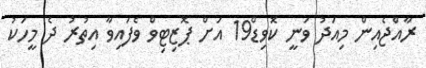
ރާއްޖެއިން މިއަދު ވަނީ ކޮވިޑް19 އަށް ޕޮޒިޓިވް ވެފައިވާ އިތުރު ދެ މީހަކު